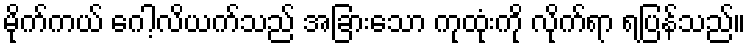
မိုက်ကယ် ဂေါ့လိယက်သည် အခြားသော ကုထုံးကို လိုက်ရာ ရပြန်သည်။